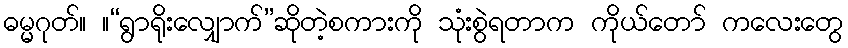
ဓမ္မဂုတ်။ ။“ရွာရိုးလျှောက်”ဆိုတဲ့စကားကို သုံးစွဲရတာက ကိုယ်တော် ကလေးတွေ